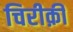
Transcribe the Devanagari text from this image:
चिरीक़ी